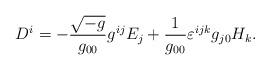
LaTeX: \begin{align*} D^{i} = - \frac{\sqrt{-g}}{g_{0 0}} g^{i j} E_{j} + \frac{1}{g_{0 0}} \varepsilon^{i j k} g_{j 0} H_{k}.\end{align*}